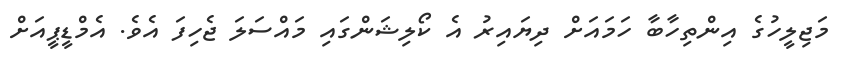
މަޖިލީހުގެ އިންތިހާބާ ހަމައަށް ދިޔައިރު އެ ކޯލިޝަންގައި މައްސަލަ ޖެހިފަ އެވެ. އެމްޑީޕީއަށް